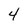
Character: 4